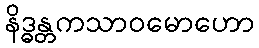
နိဒ္ဓန္တကသာဝမောဟော